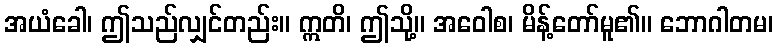
အယံခေါ၊ ဤသည်လျှင်တည်း။ ဣတိ၊ ဤသို့။ အဝေါစ၊ မိန့်တော်မူ၏။ ဘောဂါတမ၊